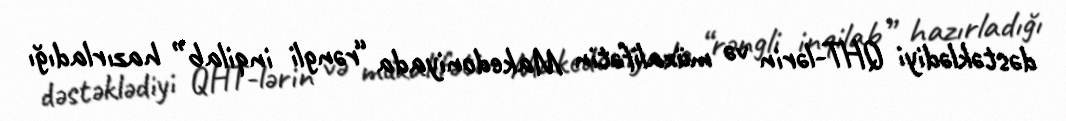
dəstəklədiyi QHT-lərin və müxalifətin Makedoniyada “rəngli inqilab” hazırladığı